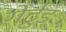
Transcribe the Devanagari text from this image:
गेर्ट्रुड